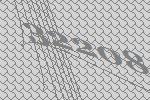
32208